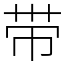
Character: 带